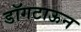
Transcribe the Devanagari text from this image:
डॉगटाऊन